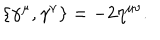
LaTeX: \{ \gamma ^ { \mu } , \gamma ^ { \nu } \} = - 2 \eta ^ { \mu \nu } .